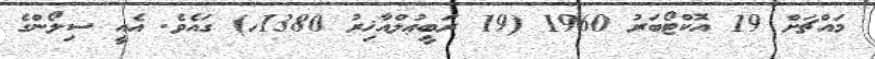
މައްޗަށް 19 އޮކްޓޯބަރު 1960 (19 ރަބީޢުލްއާޚިރު 1380ހ) ގައެވެ. އެއީ ސިލޯންގެ